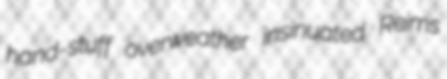
hand-stuff overweather insinuated Reims